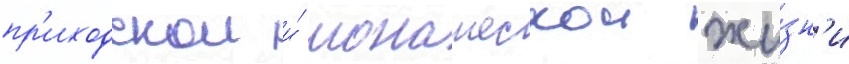
пр'иходскои и́ монашескои жи́зн'и